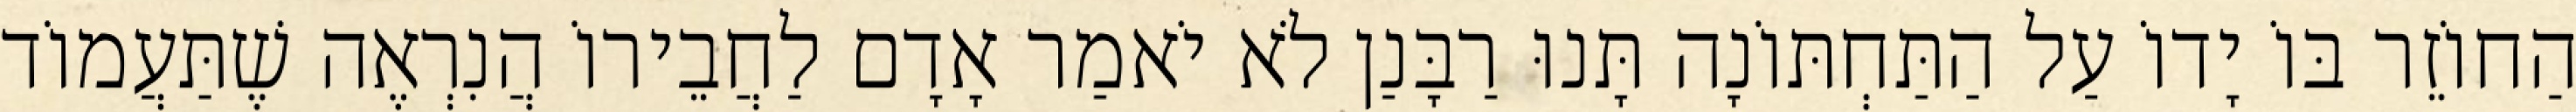
הַחוֹזֵר בּוֹ יָדוֹ עַל הַתַּחְתּוֹנָה תָּנוּ רַבָּנַן לֹא יֹאמַר אָדָם לַחֲבֵירוֹ הֲנִרְאֶה שֶׁתַּעֲמוֹד